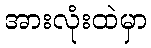
အားလုံးထဲမှာ